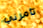
تأمرني